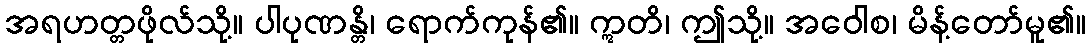
အရဟတ္တဖိုလ်သို့။ ပါပုဏန္တိ၊ ရောက်ကုန်၏။ ဣတိ၊ ဤသို့။ အဝေါစ၊ မိန့်တော်မူ၏။